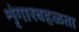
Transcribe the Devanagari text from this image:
शृंगारबहळता